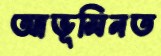
আভূমিনত